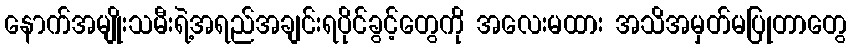
နောက်အမျိုးသမီးရဲ့အရည်အချင်းရပိုင်ခွင့်တွေကို အလေးမထား အသိအမှတ်မပြုတာတွေ